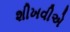
શીખવીએ